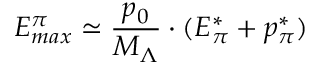
E _ { m a x } ^ { \pi } \simeq \frac { p _ { 0 } } { M _ { \Lambda } } \cdot ( E _ { \pi } ^ { * } + p _ { \pi } ^ { * } )